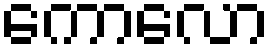
ကောလော